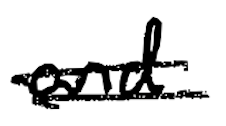
Text: and
Cross-out: double-line
Writing tool: digital_black